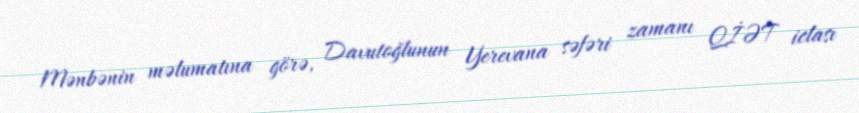
Mənbənin məlumatına görə, Davutoğlunun Yerevana səfəri zamanı QİƏT iclası